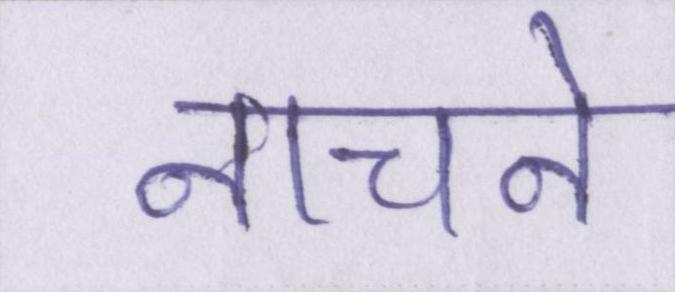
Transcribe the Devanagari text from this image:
नाचने